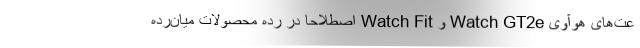
عت‌های هوآوی Watch GT2e و Watch Fit اصطلاحا در رده محصولات میان‌رده